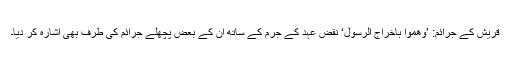
قریش کے جرائم: ’وَھَمُّوْا بِاِخْرَاجِ الرَّسُوْلِ‘ نقض عہد کے جرم کے ساتھ ان کے بعض پچھلے جرائم کی طرف بھی اشارہ کر دیا۔